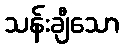
သန်းချီသော